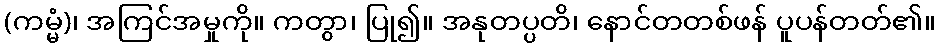
(ကမ္မံ)၊ အကြင်အမှုကို။ ကတွာ၊ ပြု၍။ အနုတပ္ပတိ၊ နောင်တတစ်ဖန် ပူပန်တတ်၏။